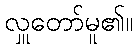
လှူတော်မူ၏။